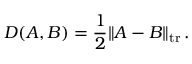
D ( A , B ) = { \frac { 1 } { 2 } } \| A - B \| _ { \mathrm { { t r } } } \, .